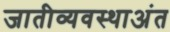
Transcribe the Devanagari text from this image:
जातीव्यवस्थाअंत